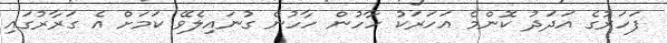
ފަހަރުގެ އަދަދު ކޮންމެ އަހަރަކު ހާހުން ހާހުން ގުނައިލެވޭ ކަމަށް އެ ގަރާރުގައި